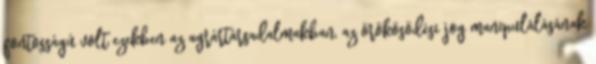
fontosságú volt ezekben az agrártársadalmakban, az örökösödési jog manipulálásának